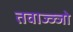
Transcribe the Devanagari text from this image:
तवाज्ज्जो